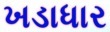
ખડાધાર